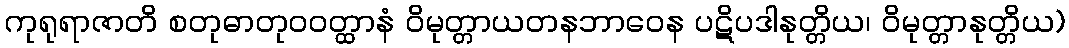
ကုရုရာဇာတိ စတုဓာတုဝဝတ္ထာနံ ဝိမုတ္တာယတနဘာဝေန ပဋိပဒါနုတ္တိယ၊ ဝိမုတ္တာနုတ္တိယ)